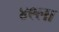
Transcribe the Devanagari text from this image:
४९ला